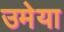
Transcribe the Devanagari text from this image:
उमेया